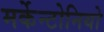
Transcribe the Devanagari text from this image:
मर्केन्टोनियो